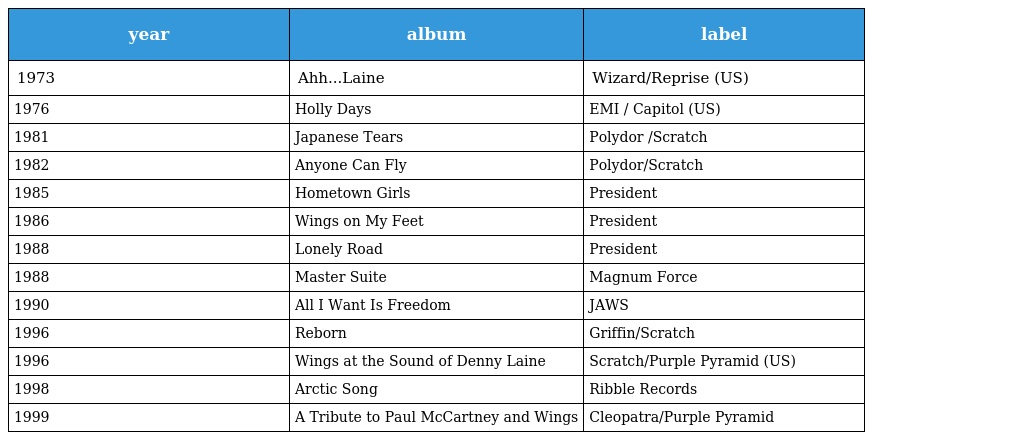
| year | album | label |
 | --- | --- | --- |
 | 1973 | Ahh...Laine | Wizard/Reprise (US) |
 | 1976 | Holly Days | EMI / Capitol (US) |
 | 1981 | Japanese Tears | Polydor /Scratch |
 | 1982 | Anyone Can Fly | Polydor/Scratch |
 | 1985 | Hometown Girls | President |
 | 1986 | Wings on My Feet | President |
 | 1988 | Lonely Road | President |
 | 1988 | Master Suite | Magnum Force |
 | 1990 | All I Want Is Freedom | JAWS |
 | 1996 | Reborn | Griffin/Scratch |
 | 1996 | Wings at the Sound of Denny Laine | Scratch/Purple Pyramid (US) |
 | 1998 | Arctic Song | Ribble Records |
 | 1999 | A Tribute to Paul McCartney and Wings | Cleopatra/Purple Pyramid |